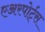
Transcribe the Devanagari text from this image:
एअरपोर्ट्‌स